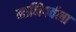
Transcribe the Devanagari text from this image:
मानिपर्वला